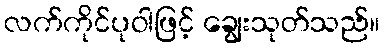
လက်ကိုင်ပုဝါဖြင့် ချွေးသုတ်သည်။